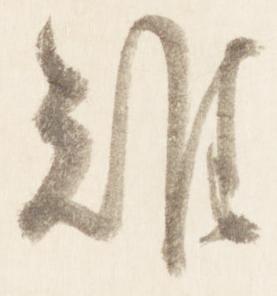
難